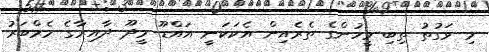
މި ވަގުތު ތިބި މީހުންގެ ތެރެއިން އެކަކަނީ އައްޑޫ މީދޫ ދާއިރާގެ މެމްބަރު